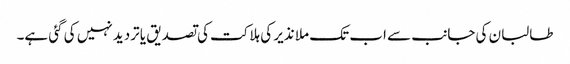
طالبان کی جانب سے اب تک ملا نذیر کی ہلاکت کی تصدیق یا تردید نہیں کی گئی ہے۔